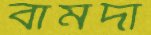
বামদা